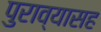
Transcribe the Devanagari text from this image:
पुराव्यासह